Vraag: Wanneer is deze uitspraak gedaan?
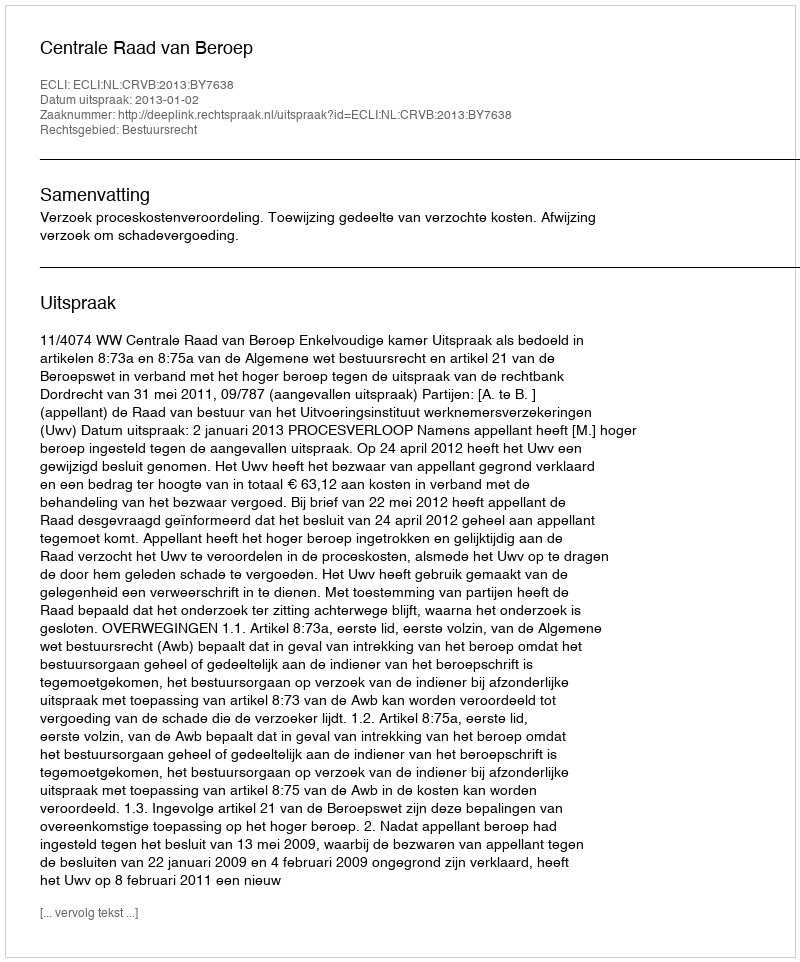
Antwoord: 2013-01-02